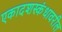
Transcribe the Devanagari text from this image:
एकादशस्कंधावरील